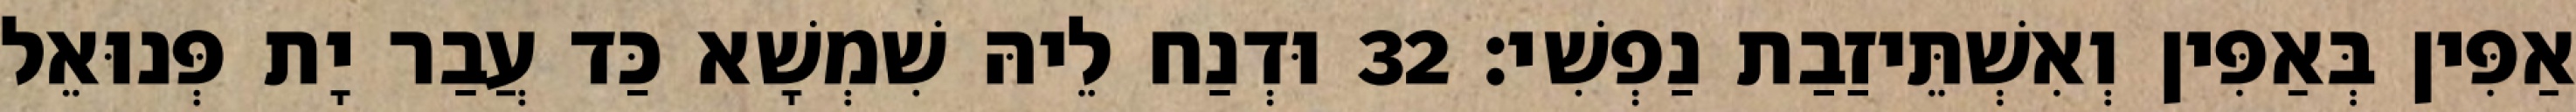
אַפִּין בְּאַפִּין וְאִשְׁתֵּיזַבַת נַפְשִׁי׃ 32 וּדְנַח לֵיהּ שִׁמְשָׁא כַּד עֲבַר יָת פְּנוּאֵל